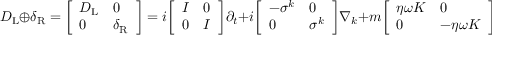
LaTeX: D _ { \mathrm { { L } } } \oplus \delta _ { \mathrm { { R } } } = { \left[ \begin{array} { l l } { D _ { \mathrm { { L } } } } & { 0 } \\ { 0 } & { \delta _ { \mathrm { { R } } } } \end{array} \right] } = i { \left[ \begin{array} { l l } { I } & { 0 } \\ { 0 } & { I } \end{array} \right] } \partial _ { t } + i { \left[ \begin{array} { l l } { - \sigma ^ { k } } & { 0 } \\ { 0 } & { \sigma ^ { k } } \end{array} \right] } \nabla _ { k } + m { \left[ \begin{array} { l l } { \eta \omega K } & { 0 } \\ { 0 } & { - \eta \omega K } \end{array} \right] }